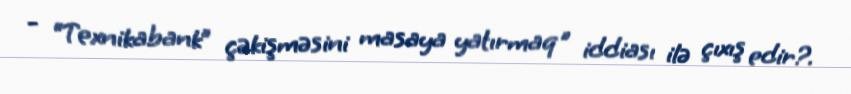
- “Texnikabank” çəkişməsini masaya yatırmaq" iddiası ilə çıxış edir?.